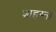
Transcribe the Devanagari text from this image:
शाहस्ता